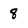
Character: 8